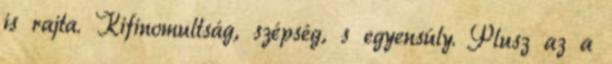
is rajta. Kifinomultság, szépség, s egyensúly. Plusz az a